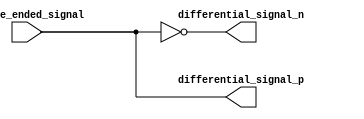
module io_blocks_differential_buffer (
    input wire single_ended_signal,
    output wire differential_signal_p,
    output wire differential_signal_n
);

assign differential_signal_p = single_ended_signal;
assign differential_signal_n = ~single_ended_signal;

endmodule